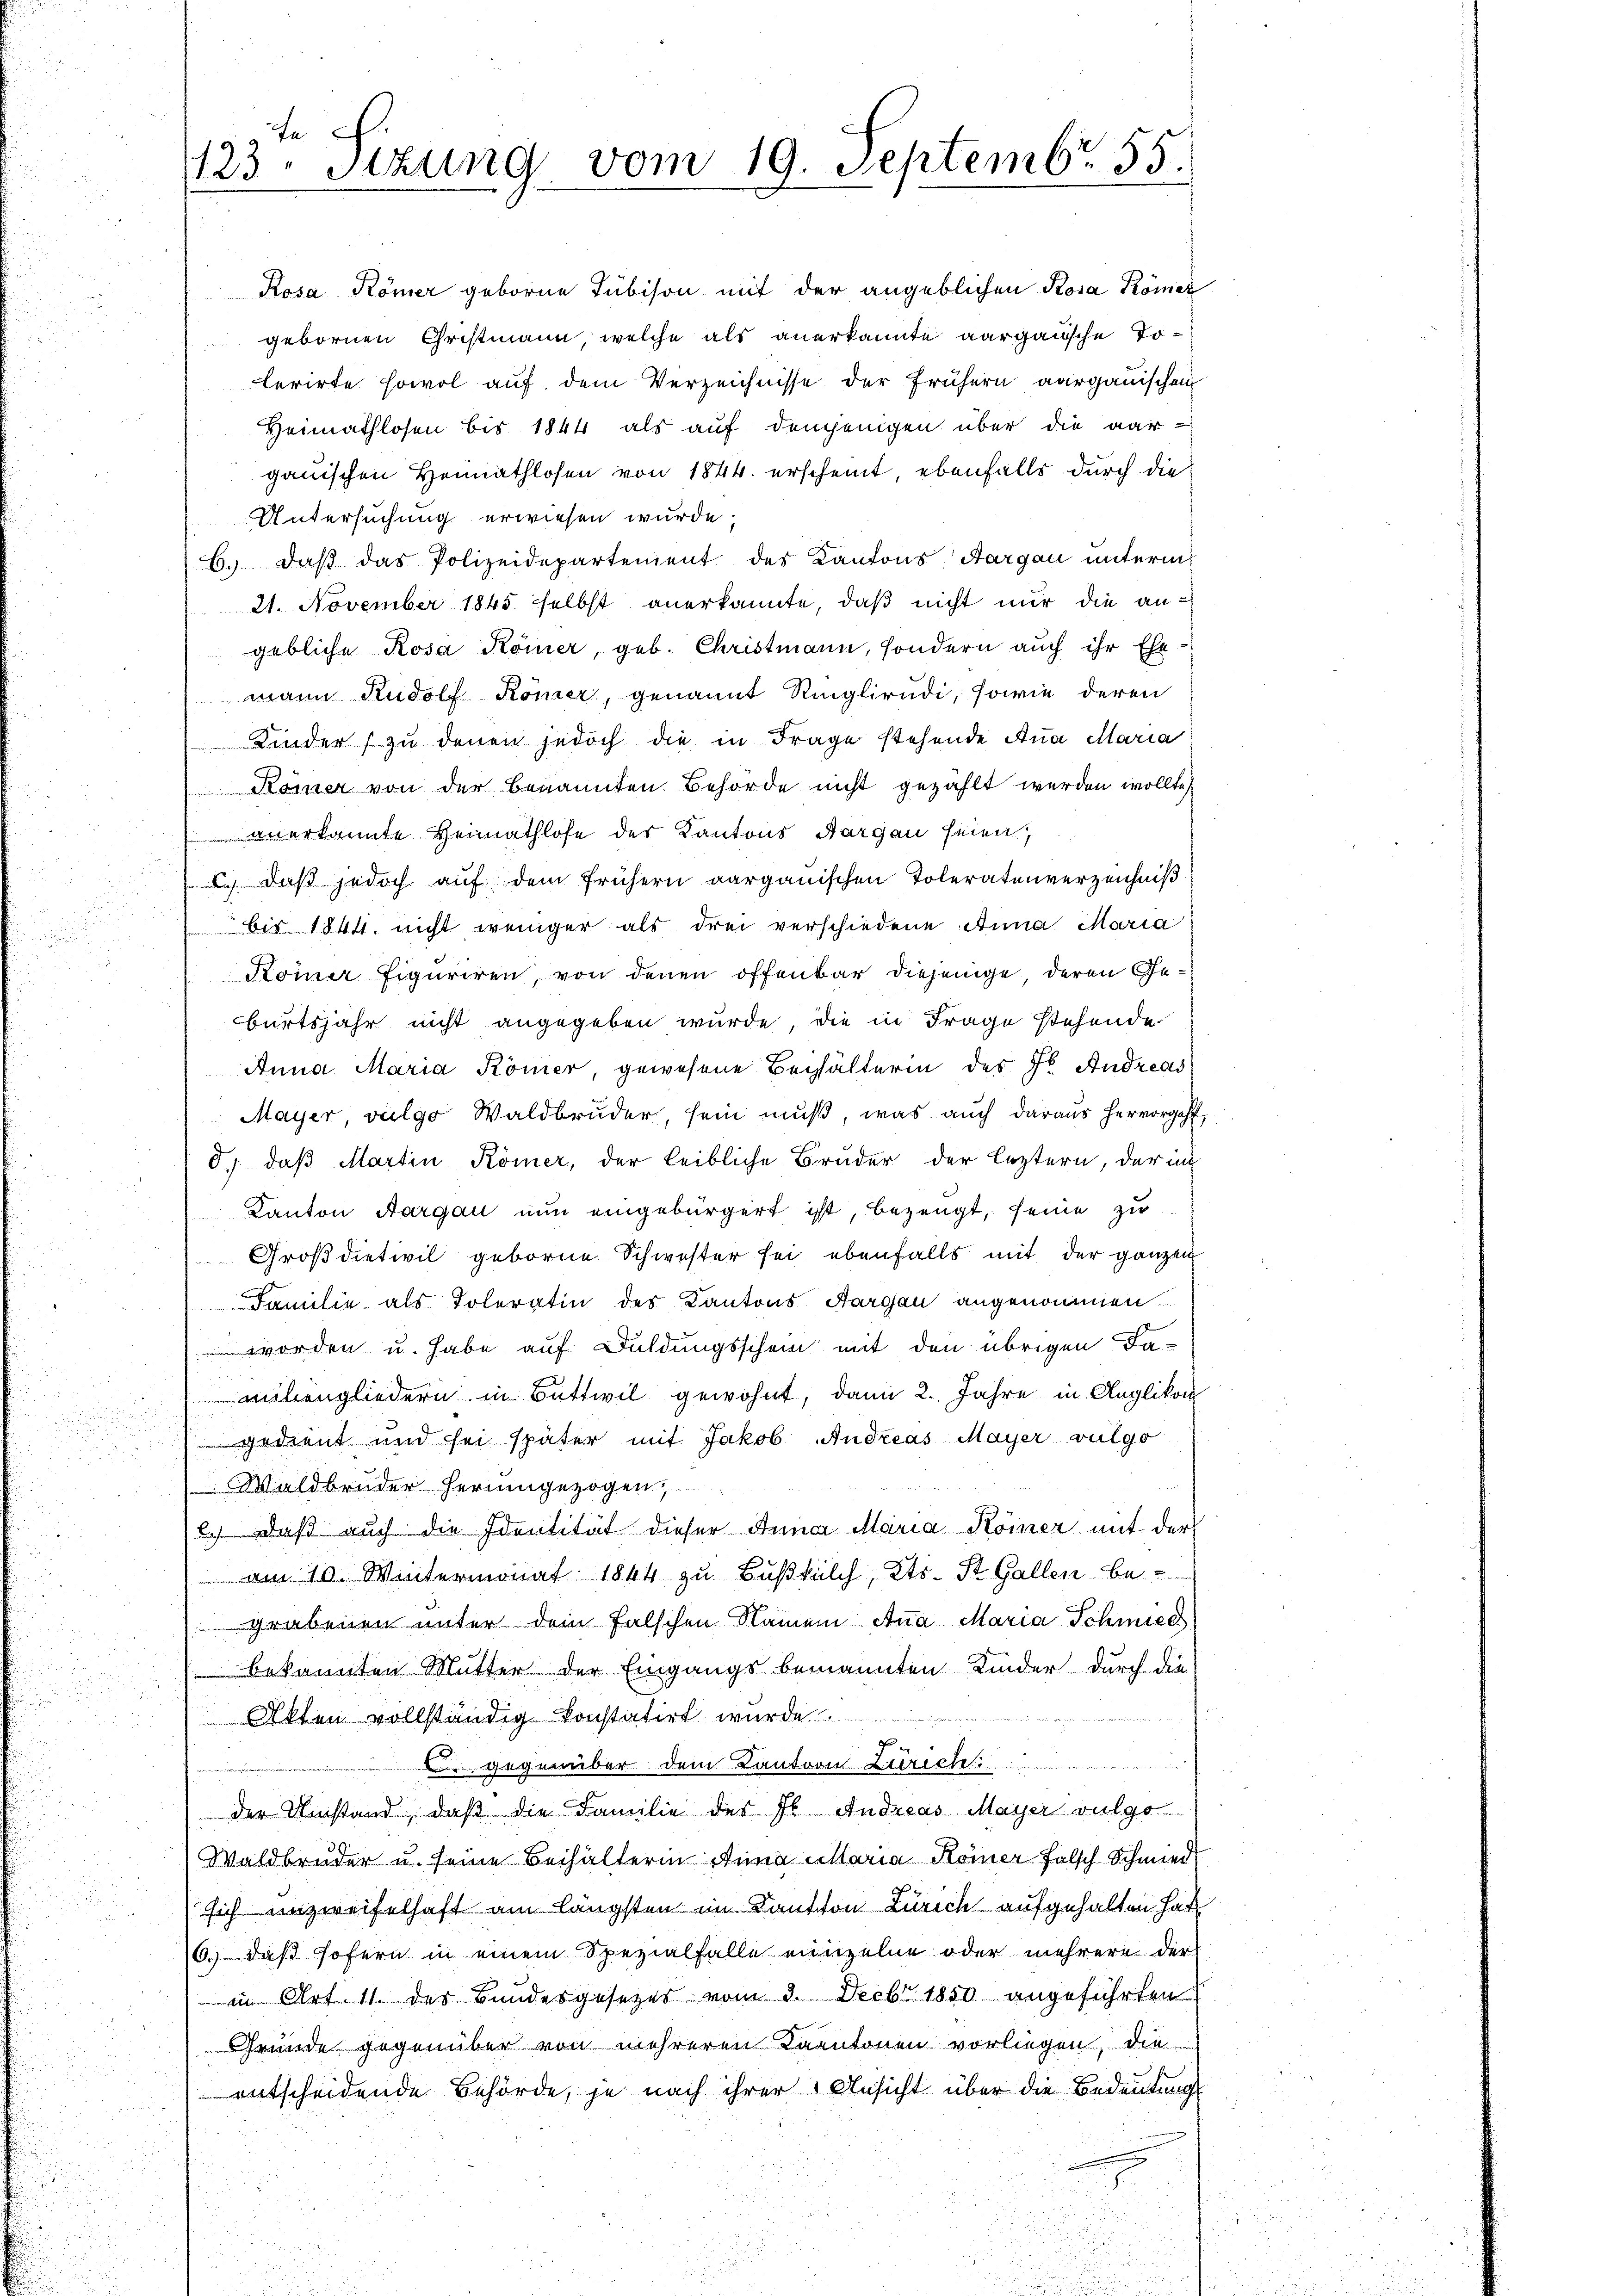
.
123. Sitzung vom 19. Septembr. 155.

21. November 1845 selbst anerkannte, daß nicht nur die angebliche Rosa Römer, geb. Christmann, sondern auch ihr Ehe-
mann Rudolf Römer, genannt Ringliendi, sowie deren
Kinder zu denen jedoch die in Frage stehende Ana Maria
Kömer von der benannten. Behörde nicht gezahlt werden wollte,
 erkannte Heimathlose der Kantons Aargau seien,
c., daß jedoch auf dem frühern aargauischen Toleratenverzeichniß
bis 1844. nicht weniger als drei verschiedene Anna Maria
Koiner Figuriren, von denen offenbar diejenige, deren Geburtsjahr nicht angegeben wurde die in Frage stehende
Anna Maria Kömer, gewesene Beyhälterin des Jb. Andreas
Mayer, vulgo Waldbruder, sein muß, was auch daraus hervorgeht,
d., daß Martin Kömer, der leibliche Bruder der leztern, der in
Kanton Aargau nun eingebürgert ist, bezeugt, seine zu
Großdietivil geborne Schwester sei ebenfalls mit der ganzen
Familie als Toleratin des Kantons Aargau angenommen.
 worden u. habe auf Duldungsschein mit den übrigen Familiengliedern in Buttwil gewohnt, dann 2. Jahre in Anglikon
gedient und sei später mit Jakob Andreas Mayer vulgo
Waldbruder herumgezogen
.) daß auch die Identität dieser Anna Maria Kömer mit der
am 10. Wintermonat 1844 zu Bußkülch, Kts. St. Gallen begrabenen unter dem falschen Namen Ana Maria Schmied
bekannten Mutter der Eingangs bemannten Kinder durch die
Akten vollständig konstatirt wurde
 gegenüber dem Kantoon Züricht
der Umstand, daß die Familie der fl. Andreas Mayer vulgo
Waldbruder u. seine Beihalterin Anna Maria Komer falsch Schmied
sich unzweifelhaft am längsten im Kanton Zürich aufgehalten hat
6. daß sofern in einem Spezialfalle einzelne oder mehrere der
in Art. 11. des Bundesgesetzes vom 3. Decbr 1850 angeführten
Grunde gegenüber von mehreren Kantonen vorliegen, die
entscheidende Behörde, je nach ihrer Ansicht über die Bedeutung

Kosa Kömer geborne Tübison mit der angeblichen Rosa Römer
gebornen Cristmann, welche als anerkannte aargausche Tolerirte sowol auf dem Verzeichnisse der frühern aargauischen
Heimathlosen bis 1844 als auf demjenigen über die aar-
gauischen Heimathlosen von 1844. erscheint, ebenfalls durch die
Untersuchung erwiesen wurde;
b. daβ das Polizeidepartement des Kantons Aargau unterm